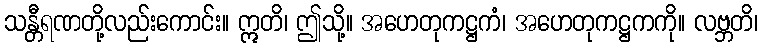
သန္တီရဏတို့လည်းကောင်း။ ဣတိ၊ ဤသို့။ အဟေတုကဋ္ဌကံ၊ အဟေတုကဋ္ဌကကို။ လဗ္ဘတိ၊